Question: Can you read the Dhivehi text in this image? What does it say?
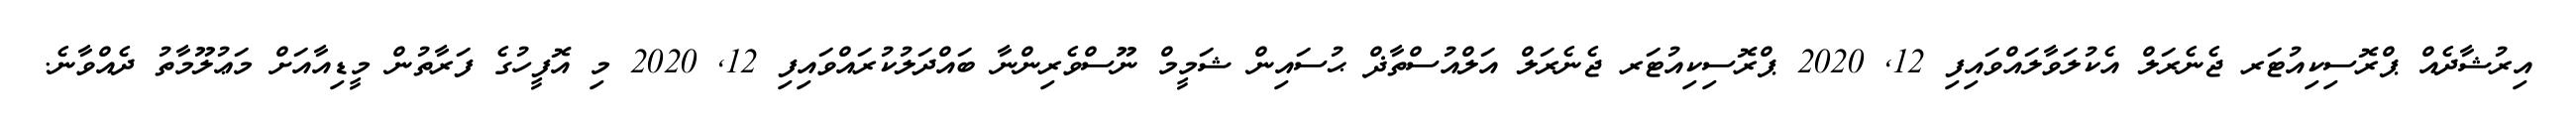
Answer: އިރުޝާދެއް ޕްރޮސިކިއުޓަރ ޖެނެރަލް އެކުލަވާލައްވައިފި 12, 2020 ޕްރޮސިކިއުޓަރ ޖެނެރަލް އަލްއުސްތާޛް ޙުސައިން ޝަމީމް ނޫސްވެރިންނާ ބައްދަލުކުރައްވައިފި 12, 2020 މި އޮފީހުގެ ފަރާތުން މީޑިއާއަށް މަޢުލޫމާތު ދެއްވާނެ.